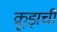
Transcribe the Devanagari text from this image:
क्रूझची